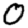
Digit: 0